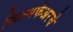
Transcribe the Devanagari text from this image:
फिल्मफेअरचे